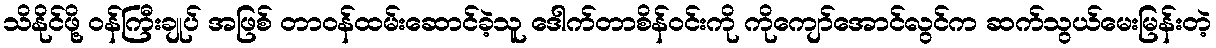
သိနိုင်ဖို့ ဝန်ကြီးချုပ် အဖြစ် တာဝန်ထမ်းဆောင်ခဲ့သူ ဒေါက်တာစိန်ဝင်းကို ကိုကျော်အောင်လွင်က ဆက်သွယ်မေးမြန်းတဲ့